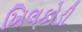
ખિલકોડી